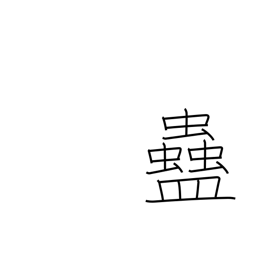
Meaning: rice worm